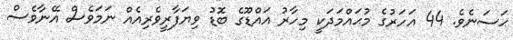
ޙަސަނެވެ. 44 އަހަރުގެ މުޙައްމަދަކީ މިހާރު އައްޑޫގެ ބޮޑު ވިޔަފާރީވެރިއެއް ނަމަވެސް އޭނާވެސް